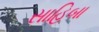
સાહિબા